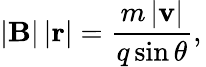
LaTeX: \left|\mathbf{B}\right|\left|\mathbf{r}\right|={\frac{m\left|\mathbf{v}\right|}{q\sin\theta}},\,